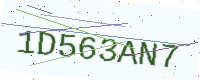
Text: 1D563AN7